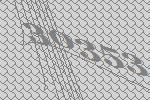
30353